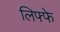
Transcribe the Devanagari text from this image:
लिफ्फे